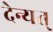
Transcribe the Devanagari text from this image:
देन्यत्